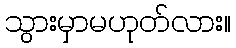
သွားမှာမဟုတ်လား။